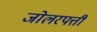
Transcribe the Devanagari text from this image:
जोलरपत्ती